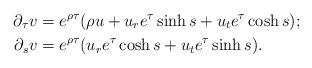
LaTeX: \begin{align*} \partial_\tau v &= e^{\rho \tau} (\rho u + u_r e^\tau \sinh s + u_t e^\tau \cosh s);\\ \partial_s v &= e^{\rho \tau} (u_r e^\tau \cosh s + u_t e^\tau \sinh s).\end{align*}